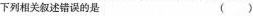
下列相关叙述错误的是 ()